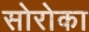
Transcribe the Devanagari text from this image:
सोरोका